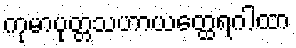
ကုမာပုတ္တသဟာယတ္ထေရဂါထာ